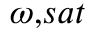
_ { \omega , s a t }